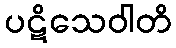
ပဋိသေဝါတိ